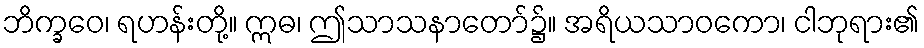
ဘိက္ခဝေ၊ ရဟန်းတို့။ ဣဓ၊ ဤသာသနာတော်၌။ အရိယသာဝကော၊ ငါဘုရား၏